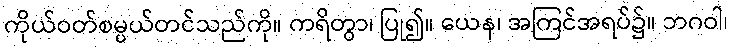
ကိုယ်ဝတ်စမ္ပယ်တင်သည်ကို။ ကရိတွာ၊ ပြု၍။ ယေန၊ အကြင်အရပ်၌။ ဘဂဝါ၊